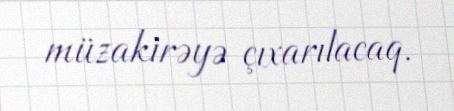
müzakirəyə çıxarılacaq.